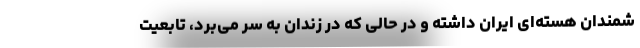
شمندان هسته‌ای ایران داشته و در حالی که در زندان به سر می‌برد، تابعیت